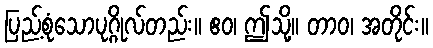
ပြည့်စုံသောပုဂ္ဂိုလ်တည်း။ ဧဝ၊ ဤသို့။ တာဝ၊ အတိုင်း။